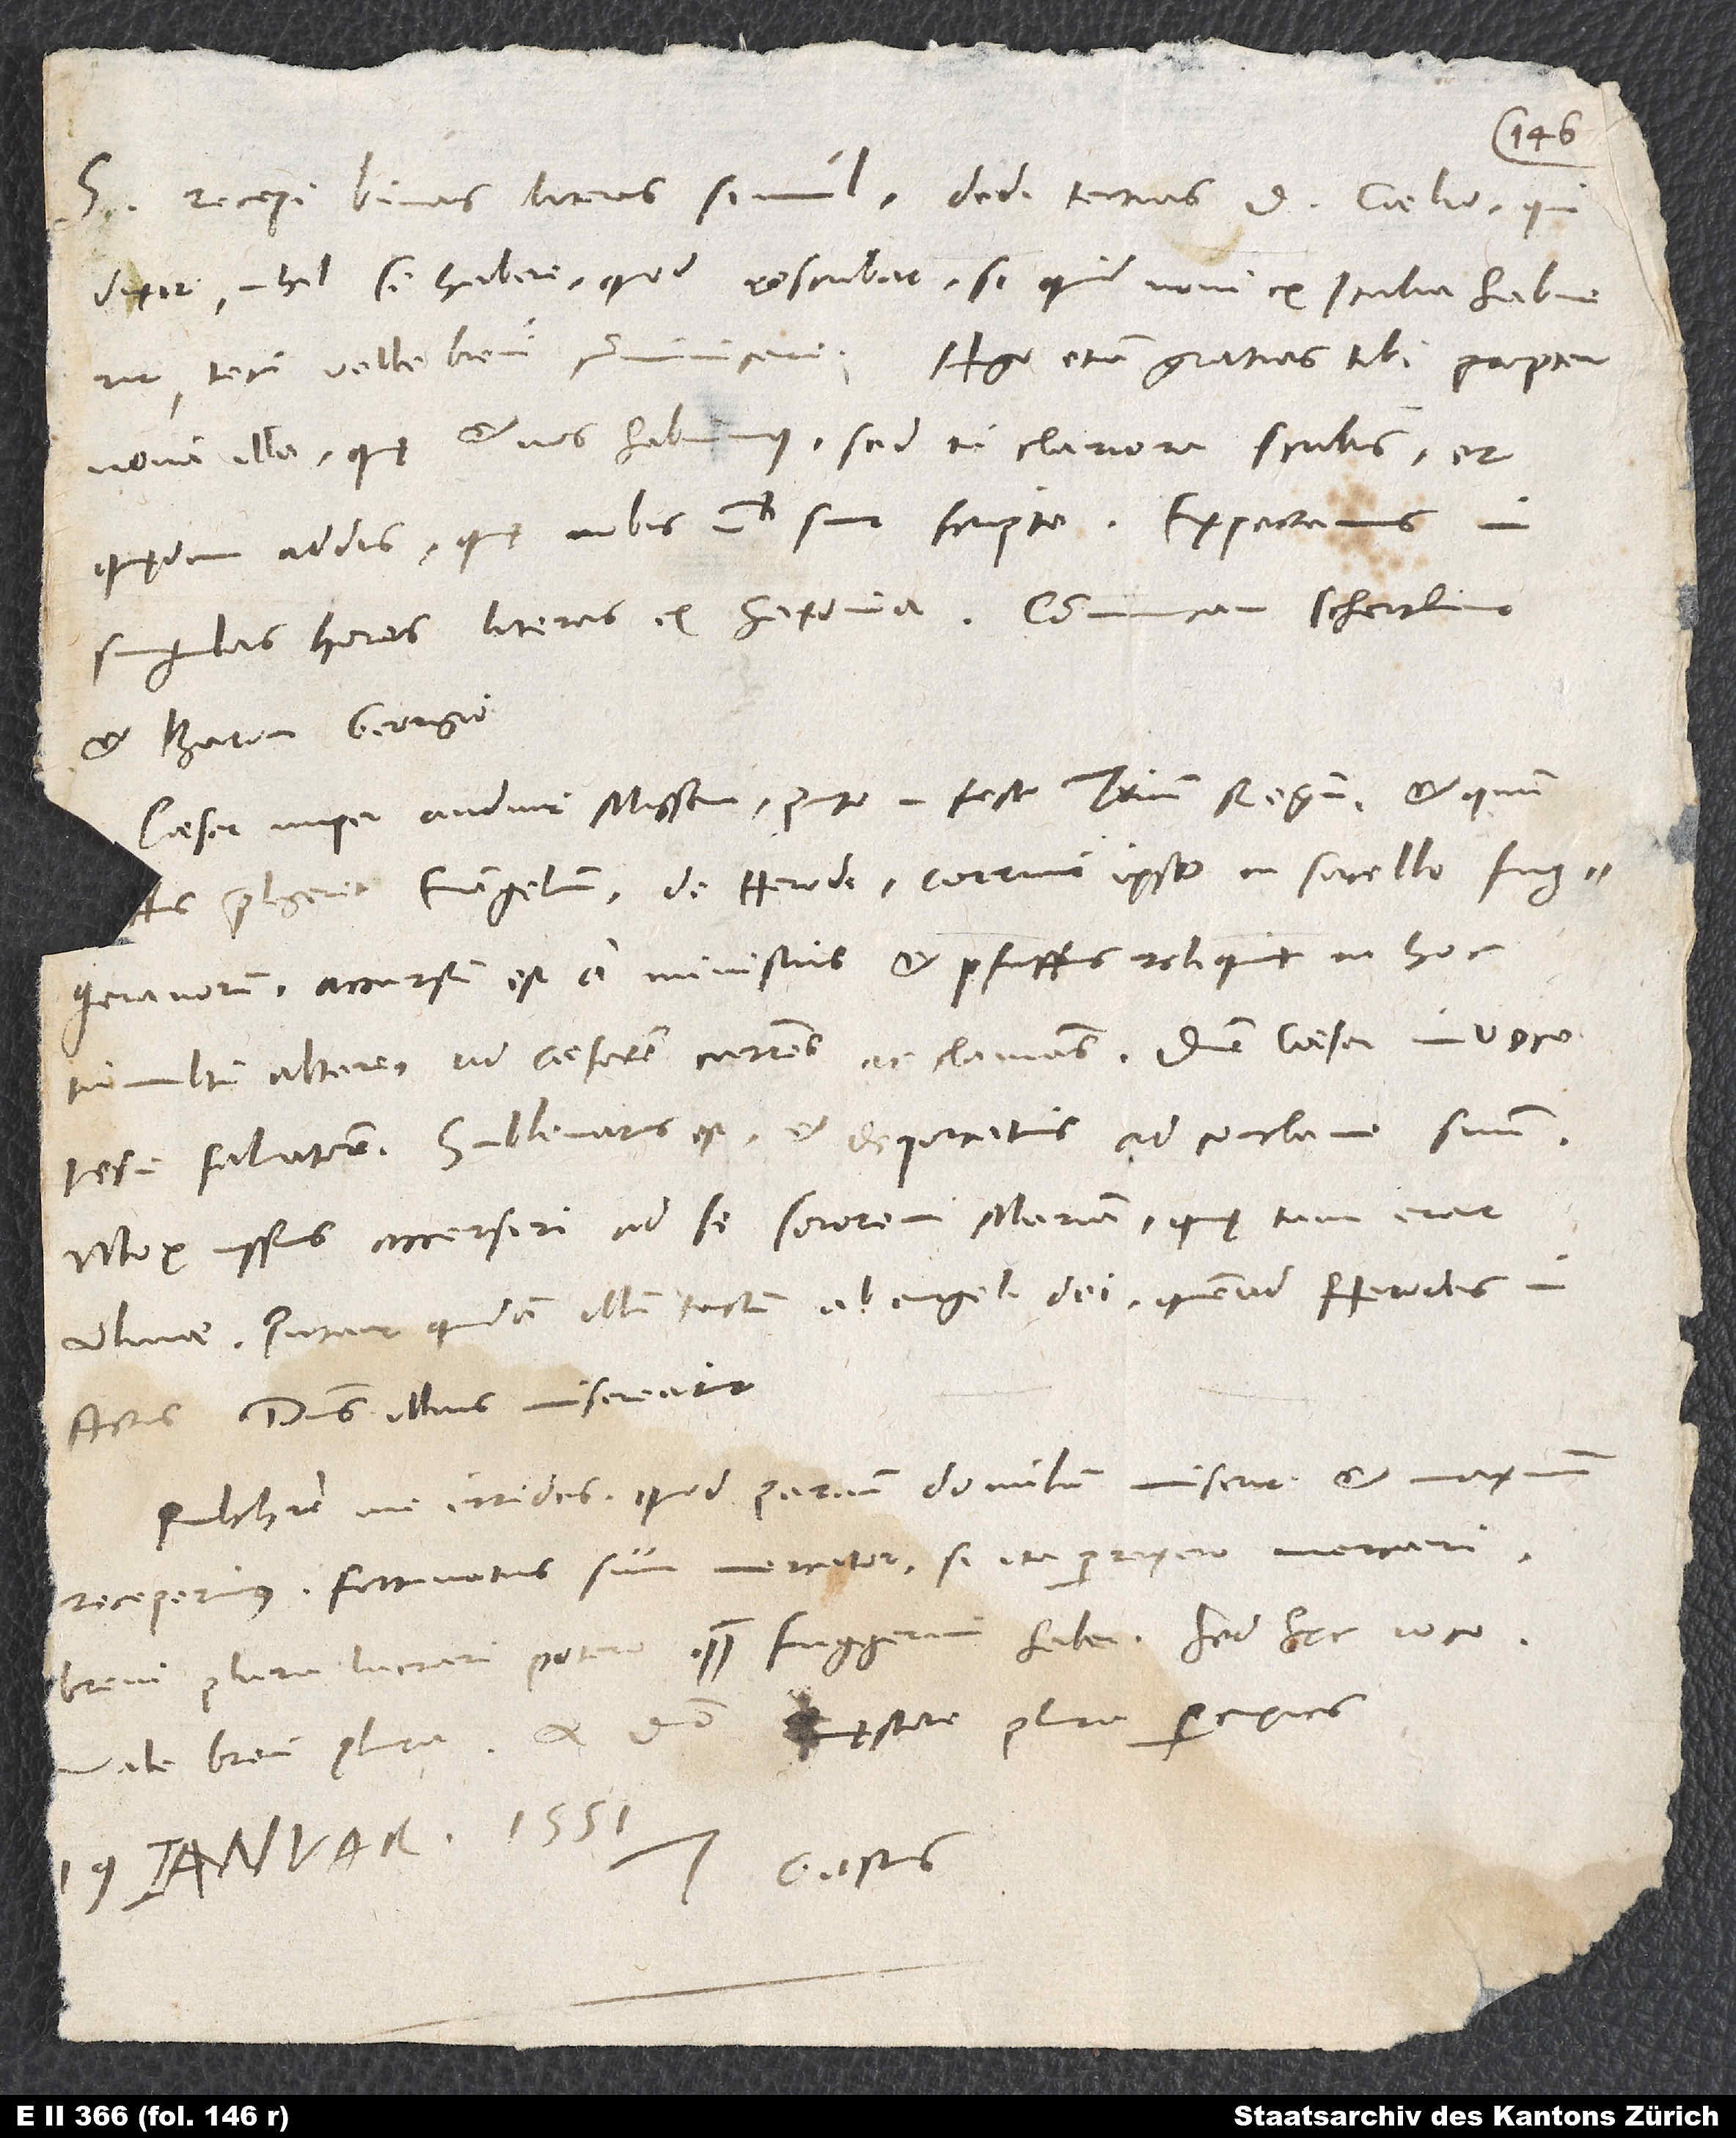
domino. Accepi binas literas simul, dedi tertias d. Caelio, qui
dixit nihil se habere, quod rescribat; si quid novi ex Italia habuerit,
tecum velle brevi communicare. Ago etiam gratias tibi propter
nova illa, quę et nos habuimus; sed tu clariora scribis et
quędam addis, quę nobis non sunt scripta. Expectamus
singulas horas literas ex Saxonia. Communicavi Schertlin
Caesar nuper audivit missam, puto in festo trium regum, et quum
praelegeret evangelium de Herode, corruit ipse in sacello Fuggeranorum;
tumultu altare ad Caesarem currens ac clamans: "Domine Caesar, invoca
Mox iussus accersiri ad se sororem Mariam, quę tunc erat
Actis. Dominus illius misereatur.
Pulchre me irrides, quod parvum donulum miserim et maximum
receperimus. Fortunatus sum mercator, si ita perrexero mercari;
Vale. Brevi plura. A domino quęstore plura percipies.